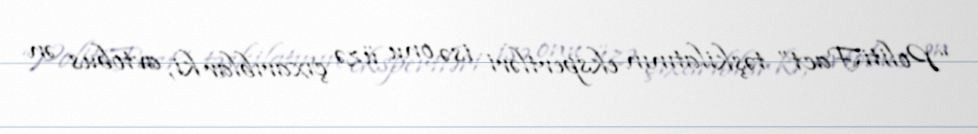
“PolitiFact” təşkilatının ekspertləri isə onu üzə çıxarıblar ki, avtobus ən